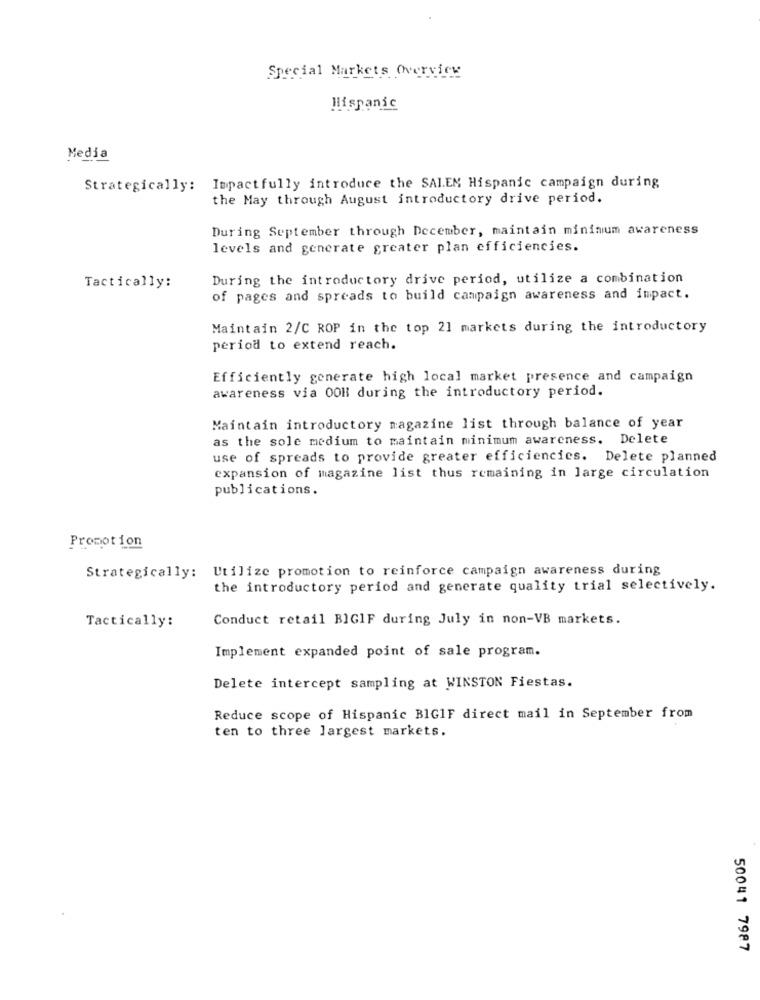
Special Markets Overview
Hispanic
Media
Strategically: Impact fully introduce the SAIEM Hispanic campaign during
the May through August introductory drive period.
During September through December, maintain minimum awareness
levels and generate greater plan efficiencies.
During the introductory drive period, utilize a combination
Tactically:
of pages and spreads to build campaign awareness and impact.
Maintain 2/C ROP in the top 21 markets during the introductory
period to extend reach.
Efficiently generate high local market presence and campaign
awareness via 00H during the introductory period.
Maintain introductory magazine list through balance of year
as the sole medium to maintain minimum awareness. Delete
use of spreads to provide greater efficiencies. Delete planned
expansion of magazine list thus remaining in large circulation
publications.
Promotion
Strategically: Utilize promotion to reinforce campaign awareness during
the introductory period and generate quality trial selectively.
Tactically:
Conduct retail BIGIF during July in non-VB markets.
Implement expanded point of sale program.
Delete intercept sampling at WINSTON Fiestas.
Reduce scope of Hispanic BIGIF direct mail in September from
ten to three largest markets.
50041 7987